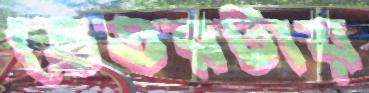
ভেতরটায়